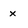
Character: x